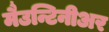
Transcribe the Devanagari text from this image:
मैउन्टिनीअर